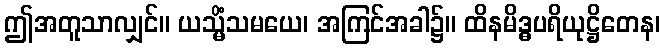
ဤအတူသာလျှင်။ ယသ္မိံသမယေ၊ အကြင်အခါ၌။ ထိနမိဒ္ဓပရိယုဋ္ဌိတေန၊